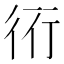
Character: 𧗡